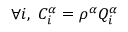
\begin{array} { r } { \forall i , \; C _ { i } ^ { \alpha } = \rho ^ { \alpha } Q _ { i } ^ { \alpha } } \end{array}